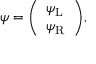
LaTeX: \psi = { \left( \begin{array} { l } { \psi _ { \mathrm { { L } } } } \\ { \psi _ { \mathrm { { R } } } } \end{array} \right) } ,